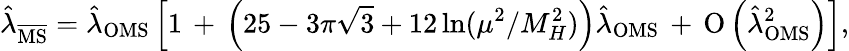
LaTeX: \hat{\lambda}_{\overline{{\mathrm{MS}}}}=\hat{\lambda}_{\mathrm{OMS}}\left[1\, +\, \left(25-3\pi\sqrt{3}+12\ln({\mu^{2}}/{M_{H}^{2}})\right)\hat{\lambda}_{\mathrm{OMS}}\, +\, \mathrm{O}\left(\hat{\lambda}_{\mathrm{OMS}}^{2}\right)\right],